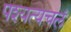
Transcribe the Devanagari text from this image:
पश्यत्यचलं